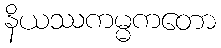
နိယဿကမ္မကတော